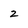
Character: 2